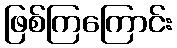
ဖြစ်ကြကြောင်း